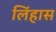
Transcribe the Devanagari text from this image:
लिंहास